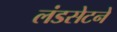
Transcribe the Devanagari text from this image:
लंडसेटने